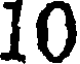
10